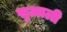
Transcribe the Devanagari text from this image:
सुआली